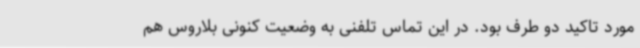
مورد تاکید دو طرف بود. در این تماس تلفنی به وضعیت کنونی بلاروس هم